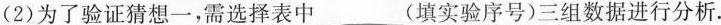
(2)为了验证猜想一，需选择表中___(填实验序号)三组数据进行分析.